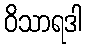
ဝိသာရဒါ